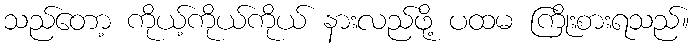
သည်တော့ ကိုယ့်ကိုယ်ကိုယ် နားလည်ဖို့ ပထမ ကြိုးစားရသည်။